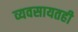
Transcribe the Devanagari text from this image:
व्यवसायतही